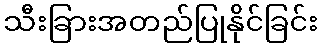
သီးခြားအတည်ပြုနိုင်ခြင်း